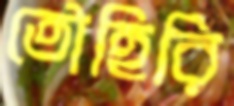
তৌহিরি